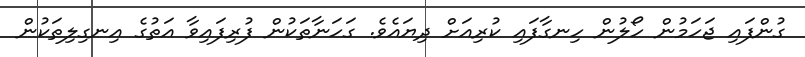
ގުންފައި ޖަހަމުން ހޯލުން ހިނގާފައި ކުރިއަށް ދިޔައެވެ. ގަހަނާތަކުން ފުރިފައިވާ އަތުގެ އިނގިލިތަކުން